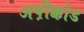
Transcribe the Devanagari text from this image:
अष़ीक्कोड